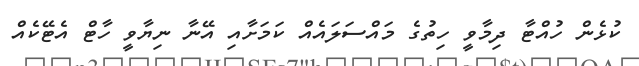
ކުޅެން ހުއްޓާ ދިމާވީ ހިތުގެ މައްސަލައެއް ކަމަށާއި އޭނާ ނިޔާވީ ހާޓް އެޓޭކެއް